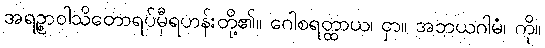
အရဉ္စာဝါသိတောရပ်မှီရဟန်းတို့၏။ ဂေါစရတ္ထာယ၊ ငှာ။ အဘယဂါမံ၊ ကို။